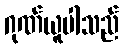
ဂုဏ်ယူပါသည်